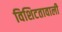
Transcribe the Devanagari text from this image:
विशिटतावाली